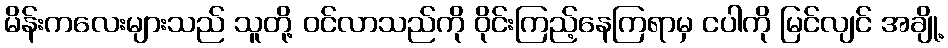
မိန်းကလေးများသည် သူတို့ ဝင်လာသည်ကို ဝိုင်းကြည့်နေကြရာမှ ငပါကို မြင်လျင် အချို့